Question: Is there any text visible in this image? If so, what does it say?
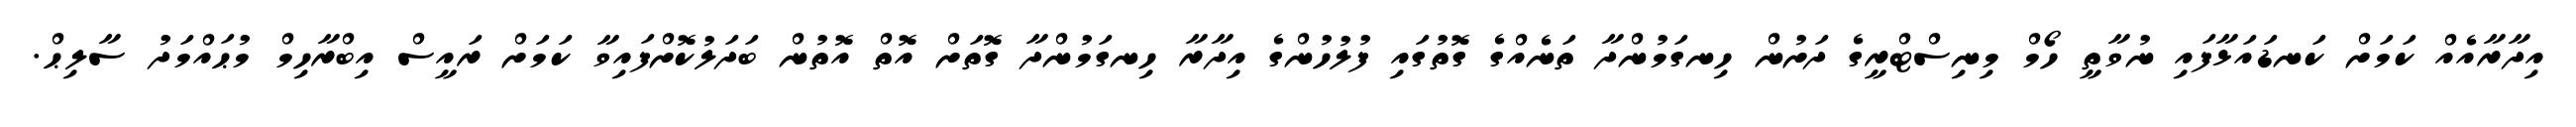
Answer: އިދާރާއެއް ކަމަށް ކަނޑައަޅާފައި ނުވާތީ ހޯމް މިނިސްޓްރީގެ ދަށުން ހިނގަމުންދާ ތަނެއްގެ ގޮތުގައި ފުލުހުންގެ އިދާރާ ހިނގަމުންދާ ގޮތަށް އޮތް އޮތުން ބަދަލުކޮށްފައިވާ ކަމަށް ރައީސް އިބްރާހިމް މުޙައްމަދު ސާލިޙް.